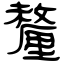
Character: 釐